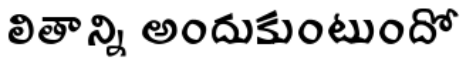
లితాన్ని అందుకుంటుందో